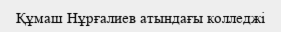
Құмаш Нұрғалиев атындағы колледжі